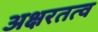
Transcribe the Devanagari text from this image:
अक्षरतत्व